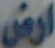
ارض